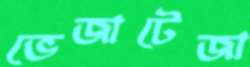
ভেজাটেজা